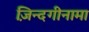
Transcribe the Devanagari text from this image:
ज़िन्दगीनामा